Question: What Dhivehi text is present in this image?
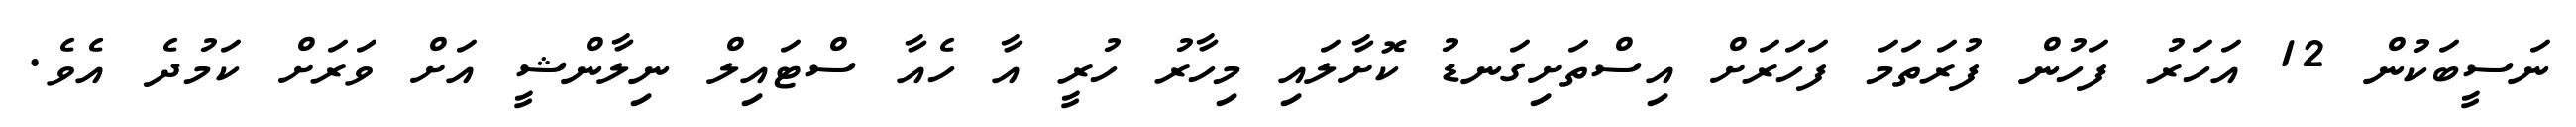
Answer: ނަސީބަކުން 12 އަހަރު ފަހުން ފުރަތަމަ ފަހަރަށް އިސްތަށިގަނޑު ކޮށާލައި މިހާރު ހުރީ އާ ހެއާ ސްޓައިލް ނިލާންޝީ އަށް ވަރަށް ކަމުދެ އެވެ.